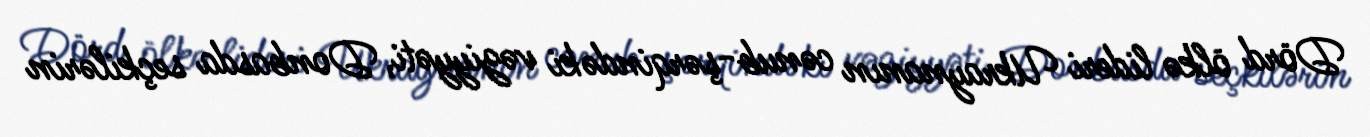
Dörd ölkə lideri Ukraynanın cənub-şərqindəki vəziyyəti, Donbasda seçkilərin